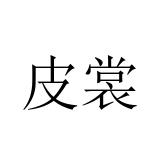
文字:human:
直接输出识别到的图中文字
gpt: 皮裳